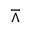
\barwedge